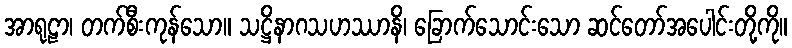
အာရုဠာ၊ တက်စီးကုန်သော။ သဋ္ဌိနာဂသဟဿာနိ၊ ခြောက်သောင်းသော ဆင်တော်အပေါင်းတို့ကို။